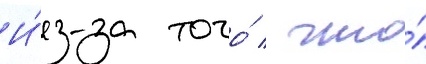
И́з-за того́ / что́